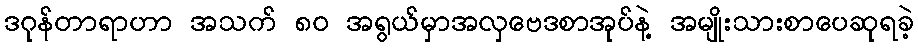
ဒဂုန်တာရာဟာ အသက် ၈၀ အရွယ်မှာအလှဗေဒစာအုပ်နဲ့ အမျိုးသားစာပေဆုရခဲ့